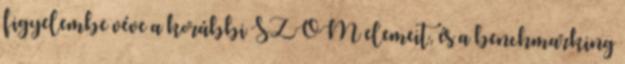
figyelembe véve a korábbi SZÖM elemeit, és a benchmarking